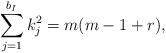
LaTeX: \begin{align*}\sum_{j=1}^{b_I} {k^2_j}= m(m-1+r), \end{align*}